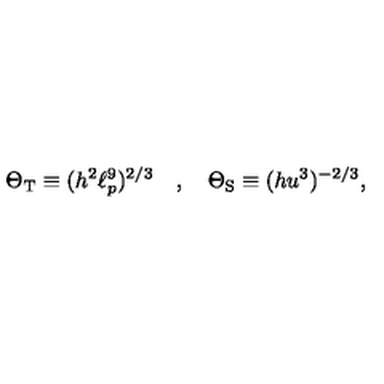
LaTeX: \Theta _ { \mathrm { T } } \equiv ( h ^ { 2 } \ell _ { p } ^ { 9 } ) ^ { 2 / 3 } \quad , \quad \Theta _ { \mathrm { S } } \equiv ( h u ^ { 3 } ) ^ { - 2 / 3 } ,